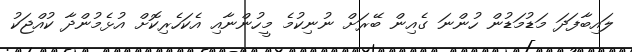
ލައިބާފަދަ މަޑުމަޑުން ހުންނަ ގެއިން ބޭރަށް ނުނިކުމެ މީހުންނާއި އެކަހެރިކޮށް އުޅެމުންދާ ކުއްޖަކު